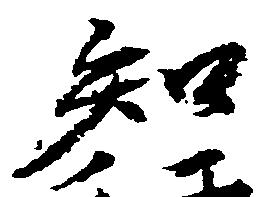
知